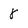
Character: 8